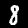
Label: 8